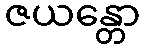
ဇယန္တော